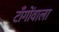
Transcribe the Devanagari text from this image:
टाँगोंवाला